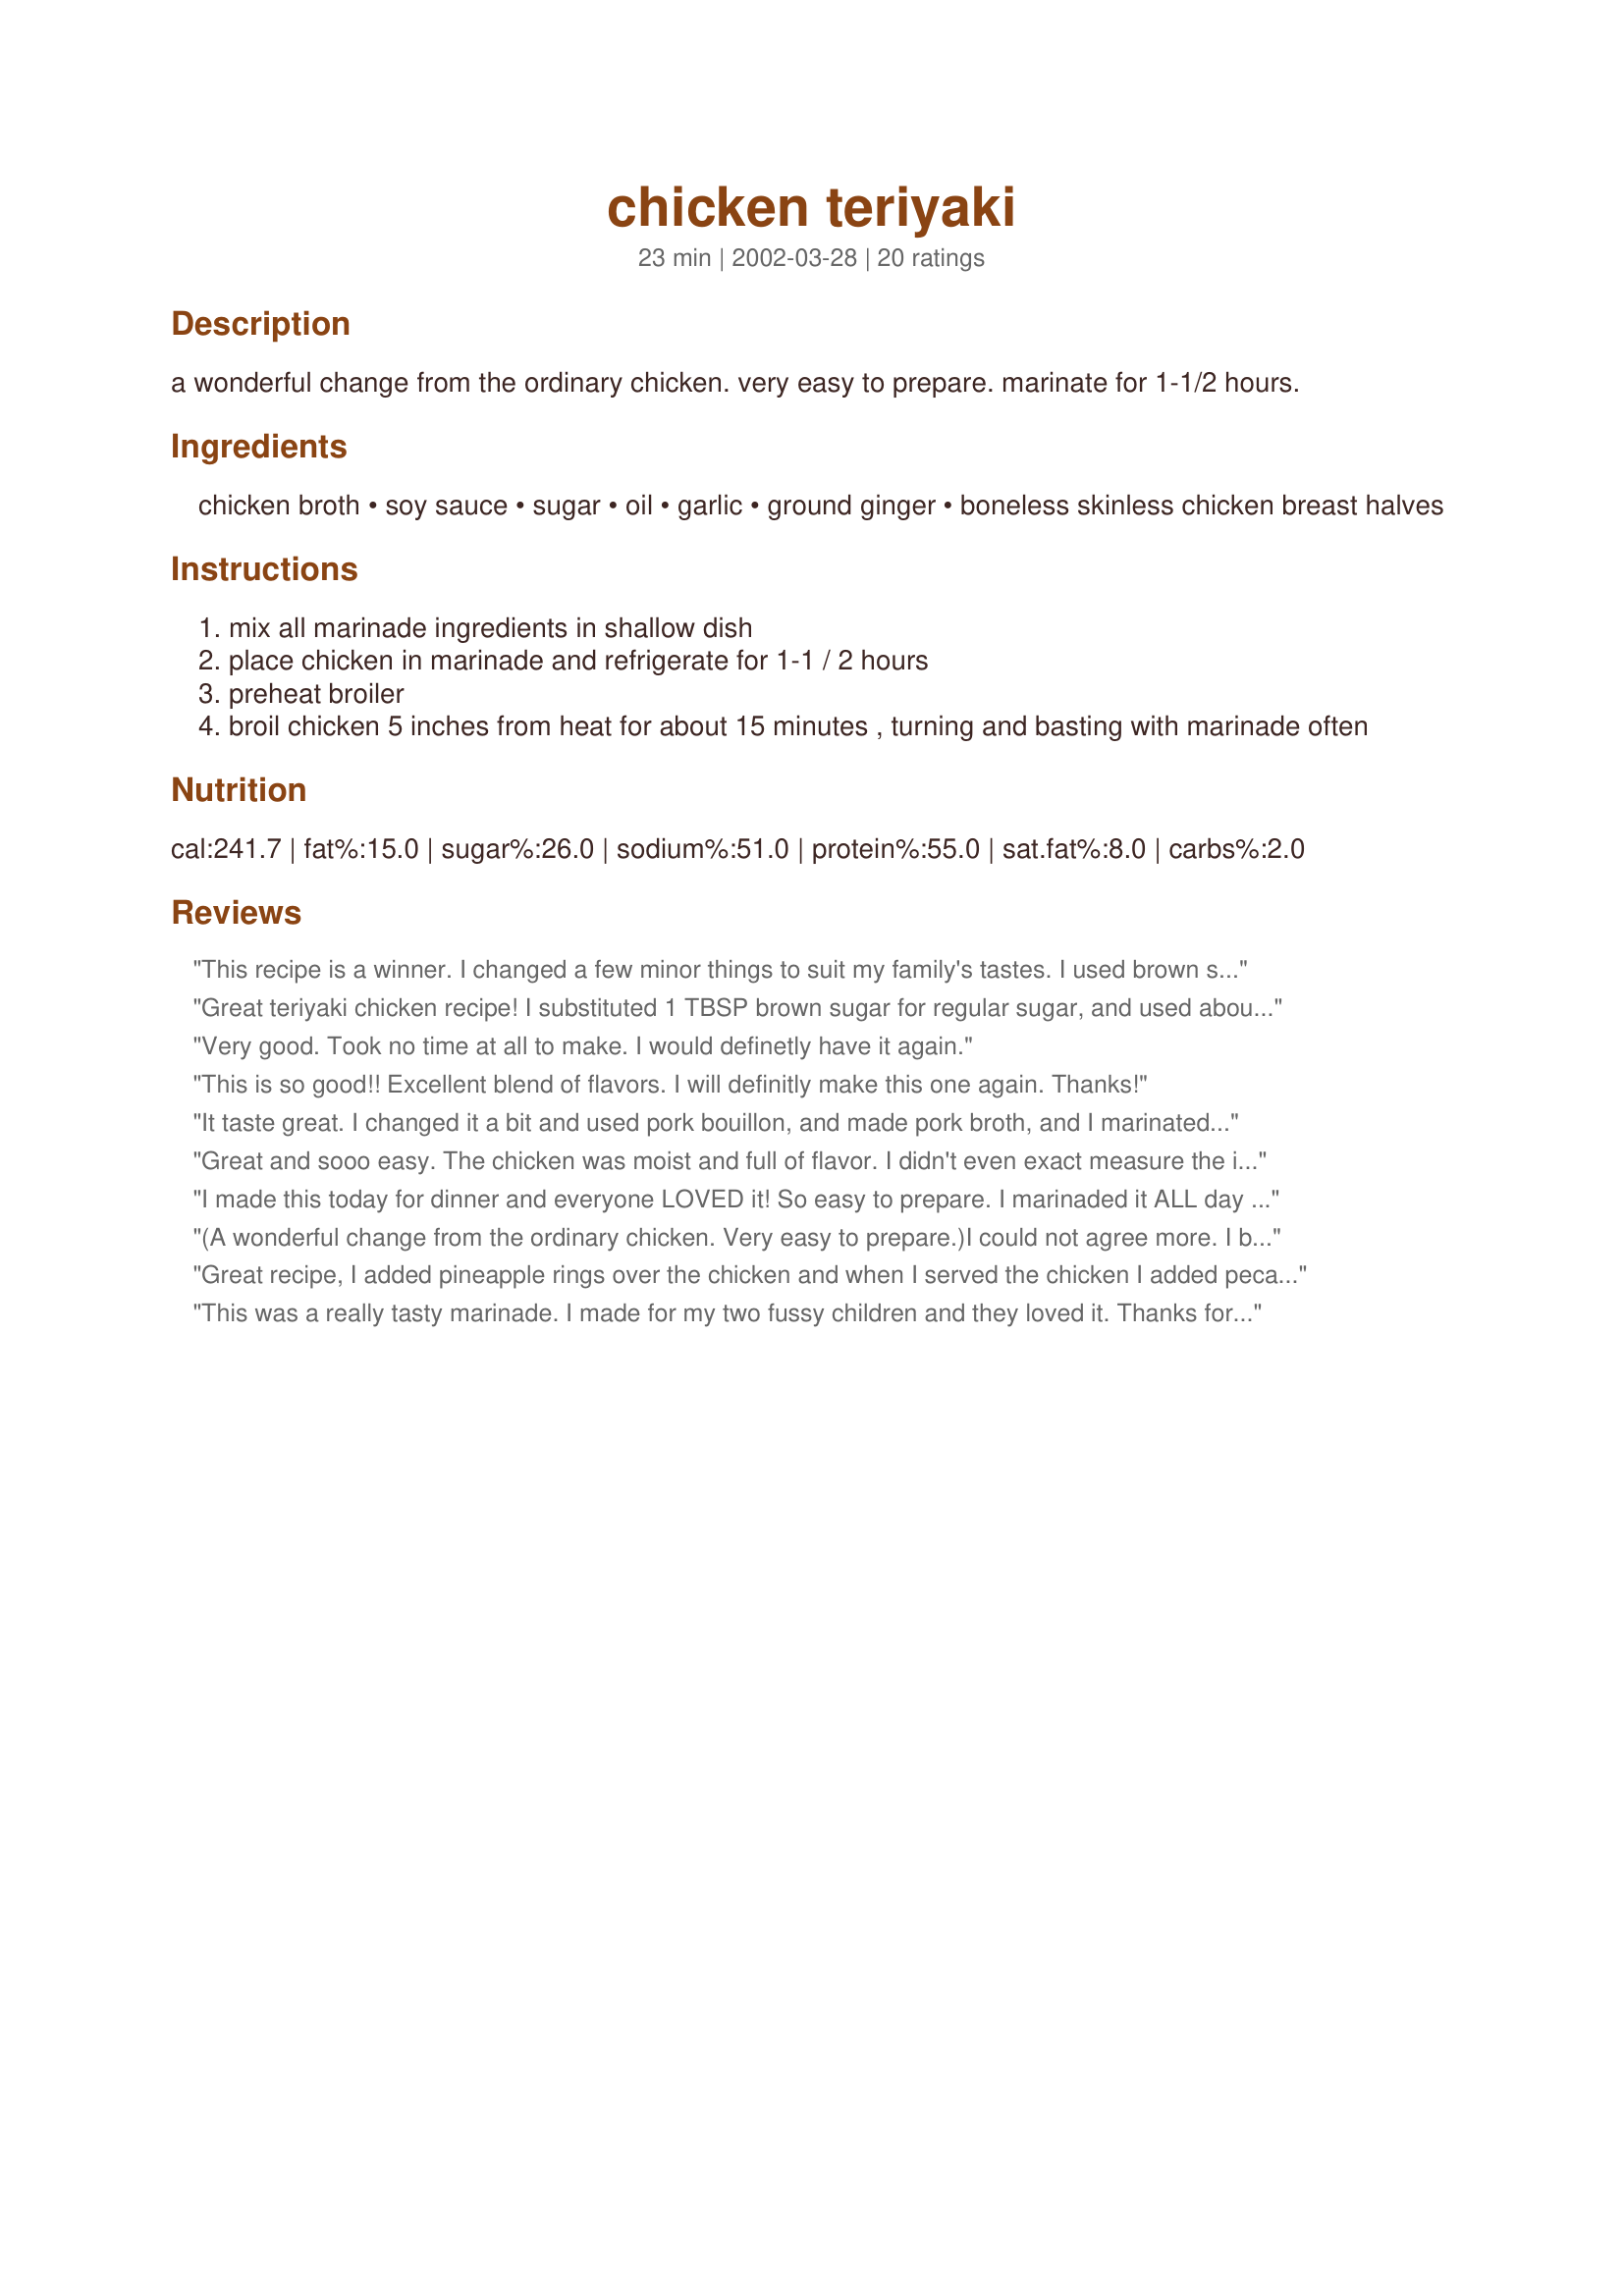
chicken teriyaki
Preparation time: 23 minutes

a wonderful change from the ordinary chicken. very easy to prepare. marinate for 1-1/2 hours.

Ingredients:
chicken broth, soy sauce, sugar, oil, garlic, ground ginger, boneless skinless chicken breast halves

Steps:
mix all marinade ingredients in shallow dish
place chicken in marinade and refrigerate for 1-1 / 2 hours
preheat broiler
broil chicken 5 inches from heat for about 15 minutes , turning and basting with marinade often

Reviews:
This recipe is a winner. I changed a few minor things to suit my family's tastes. I used brown sugar instead of white sugar, fresh grated ginger, 1 tbs, which is a lot, but we like ginger, and cut the chicken breast into strips. I stir fried the chicken then added the rest of the marinade and added in 1/2 a can of water chestnuts and some scallions and served everything with rice. Outstanding. Even my picky husband liked it. Two thumbs up!
Great teriyaki chicken recipe! I substituted 1 TBSP brown sugar for regular sugar, and used about an extra TSP of soy sauce. I served it over long-grain rice using the juices from the meat/marinade on the rice as well. This recipe is a definite keeper! My picky daughter even had seconds!!!
Very good. Took no time at all to make. I would definetly have it again.
This is so good!! Excellent blend of flavors. I will definitly make this one again. Thanks!
It taste great. I changed it a bit and used pork bouillon, and made pork broth, and I marinated it on my butterfly pork chops, was yummy. Also I grilled it.
Great and sooo easy. The chicken was moist and full of flavor. I didn't even exact measure the ingredients (just eye-balled it) and it turned out wonderful. 

kathy
I made this today for dinner and everyone LOVED it! So easy to prepare. I marinaded it ALL day and it was perfect! Thanks for a keeper!
(A wonderful change from the ordinary chicken. Very easy to prepare.)I could not agree more. 
I broiled some tomatoes and portabello mushrooms with olive oil,garlic and pepper along with the chicken. Boy did it go fast. :o)Thank you for posting.
Great recipe, I added pineapple rings over the chicken and when I served the chicken I added pecan halves to the teriyaki sauce and spooned it over the pineapple and chicken. I also served it with pecan rice and sauteed broccoli.This was a great,restaurant quality meal that impressed my family.Thanks for a great, basic teriyaki recipe that I will definitely make again and again.
This was a really tasty marinade. I made for my two fussy children and they loved it. Thanks for your recipe it is definitely a keeper!
Very easy to make, and everyone liked it. I used sesame oil and a bit more garlic, but I think any kind of oil would work, we just like the nuttiness of sesame. Leftovers are great for stir fry, just save the marinade, add veggies and some sliced almonds, serve over rice-great!
My family totally loved this! Very easy and very tasty!!
Easy Marinade! The flavor was not overpowering. I baked the chicken instead of broiling. Very moist and tender chicken. Kids ate it up!!
The best!! SO easy and SO good. Will be a regular. Thank you!
Excellent recipe! Chicken is likely my least favorite meat but this method elevates it wonderfully. I marinated the meat for about 3 hours and boiled the liquid until it was slightly thicker. Once cooked I sliced it and then drizzled the extra 'sauce over the chicken. We thoroughly enjoyed this and I'll be making it again. Thanks for sharing!
My son wanted his chicken marinaded in a teriyaki. But I didn't have any so I used this one and he loved it. Thank you for sharing another great recipe!
This was very tastey I made this tonight for our themed dinner/texas hold 'em night with friends. I made the mistake of cutting the breasts before marinating (because it was pot luck) and I didn't compensate the cook time...so they came out dry....BUT the fried rice was a hit (#22910 Quick Chinese Fried Rice).
This is so good! Very good flavor. Was really easy to make.
Great marinade! Try BBQing instead of broiling- comes out very juicy. My family loved it!
Easy to make with big flavor. No left overs. Thanks for sharing.
